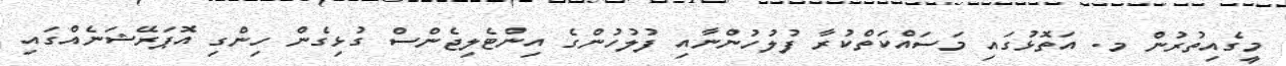
މީގެއިތުރުން މ. އަތޮޅުގައި މަސައްކަތްކުރާ ފުލުހުންނާއި ފުލުހުންގެ އިންޓެލިޖެންސް ގުޅިގެން ހިންގި އޮޕަރޭޝަނެއްގައި